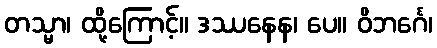
တသ္မာ၊ ထို့ကြောင့်။ ဒဿနေန၊ ပေ။ ဝိဘင်္ဂေ၊